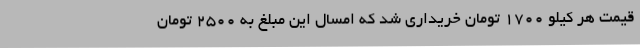
قیمت هر کیلو 1700 تومان خریداری شد که امسال این مبلغ به 2500 تومان